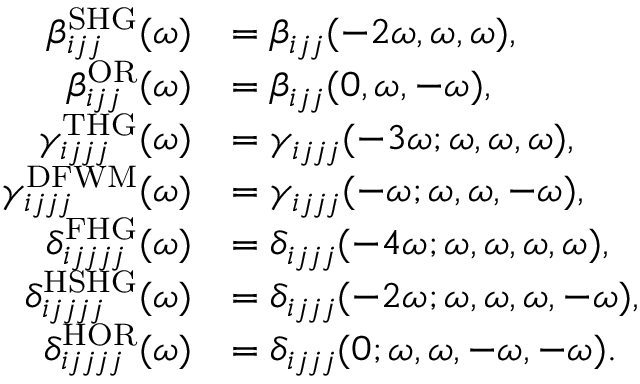
\begin{array} { r l } { \beta _ { i j j } ^ { \mathrm { S H G } } ( \omega ) } & { = \beta _ { i j j } ( - 2 \omega , \omega , \omega ) , } \\ { \beta _ { i j j } ^ { \mathrm { O R } } ( \omega ) } & { = \beta _ { i j j } ( 0 , \omega , - \omega ) , } \\ { \gamma _ { i j j j } ^ { \mathrm { T H G } } ( \omega ) } & { = \gamma _ { i j j j } ( - 3 \omega ; \omega , \omega , \omega ) , } \\ { \gamma _ { i j j j } ^ { \mathrm { D F W M } } ( \omega ) } & { = \gamma _ { i j j j } ( - \omega ; \omega , \omega , - \omega ) , } \\ { \delta _ { i j j j j } ^ { \mathrm { F H G } } ( \omega ) } & { = \delta _ { i j j j } ( - 4 \omega ; \omega , \omega , \omega , \omega ) , } \\ { \delta _ { i j j j j } ^ { \mathrm { H S H G } } ( \omega ) } & { = \delta _ { i j j j } ( - 2 \omega ; \omega , \omega , \omega , - \omega ) , } \\ { \delta _ { i j j j j } ^ { \mathrm { H O R } } ( \omega ) } & { = \delta _ { i j j j } ( 0 ; \omega , \omega , - \omega , - \omega ) . } \end{array}